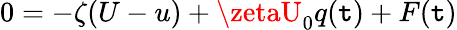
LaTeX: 0=-\zeta(U-u)+\zetaU_{0}q(\mathtt{t})+F(\mathtt{t})